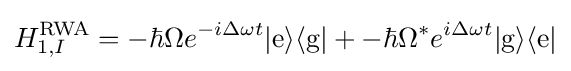
H_{1,I}^{\text{RWA}}=-\hbar \Omega e^{-i\Delta \omega t}|{\text{e}}\rangle \langle {\text{g}}|+-\hbar \Omega ^{*}e^{i\Delta \omega t}|{\text{g}}\rangle \langle {\text{e}}|